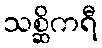
သစ္ဆိကရီ